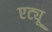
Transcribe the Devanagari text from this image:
एट्यू